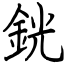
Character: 銧